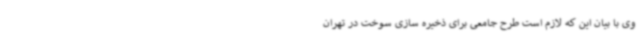
وی با بیان این که لازم است طرح جامعی برای ذخیره سازی سوخت در تهران